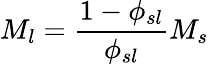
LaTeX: M_{l}={\frac{1-\phi_{sl}}{\phi_{sl}}}M_{s}